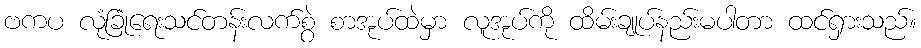
ဗကပ လုံခြုံရေးသင်တန်းလက်စွဲ စာအုပ်ထဲမှာ လူအုပ်ကို ထိမ်းချုပ်နည်းမပါတာ ထင်ရှားသည်။